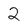
Character: 2